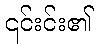
၎င်းင်း၏